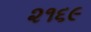
૨૧૬૯